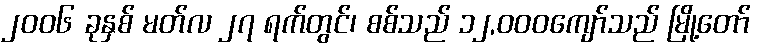
၂၀၀၆ ခုနှစ် မတ်လ ၂၇ ရက်တွင်၊ စစ်သည် ၁၂,၀၀၀ကျော်သည် မြို့တော်